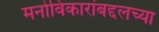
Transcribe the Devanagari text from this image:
मनोविकारांबद्दलच्या